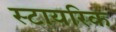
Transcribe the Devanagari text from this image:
स्टायरिक